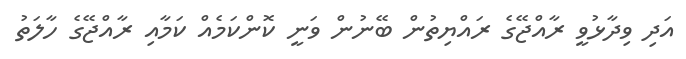
އަދި ވިދާޅުވީ ރާއްޖޭގެ ރައްޔިތުން ބޭނުން ވަނީ ކޮންކަމެއް ކަމާއި ރާއްޖޭގެ ހާލަތު